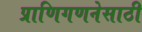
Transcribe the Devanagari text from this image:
प्राणिगणनेसाठी